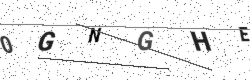
Text: 0GNGHE